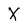
Character: X